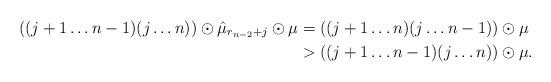
LaTeX: \begin{align*} \left( (j+1 \ldots n-1)(j \ldots n) \right) \odot \hat{\mu}_{r_{n-2}+j} \odot \mu &= \left( (j+1 \ldots n)(j \ldots n-1) \right) \odot \mu \\ &> \left( (j+1 \ldots n-1)(j \ldots n) \right) \odot \mu.\end{align*}